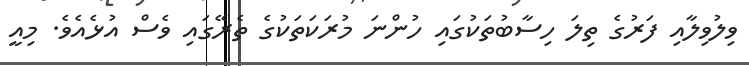
ވިލުވިލާއި ފަރުގެ ތިލަ ހިސާބުތަކުގައި ހުންނަ މުރަކަތަކުގެ ތެރޭގައި ވެސް އުޅެއެވެ. މިއީ